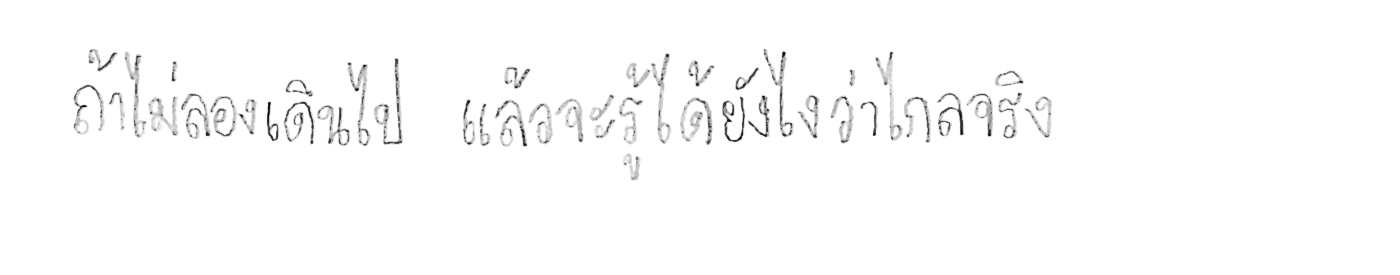
ถ้าไม่ลองเดินไป แล้วจะรู้ได้ยังไงว่าไกลจริง